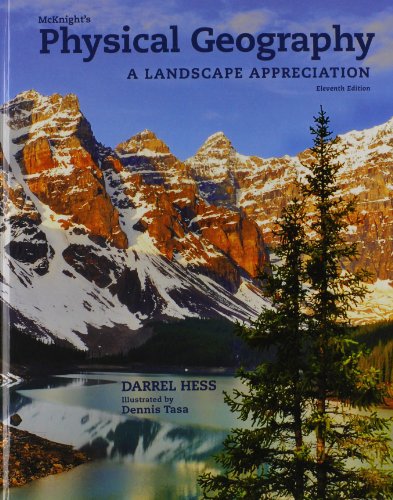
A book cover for McKnight's Physical Geography: A Landscape Appreciation (11th Edition); Darrel Hess; Science & Math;